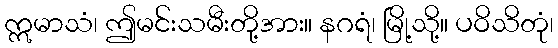
ဣမာသံ၊ ဤမင်းသမီးတို့အား။ နဂရံ၊ မြို့သို့။ ပဝိသိတုံ၊